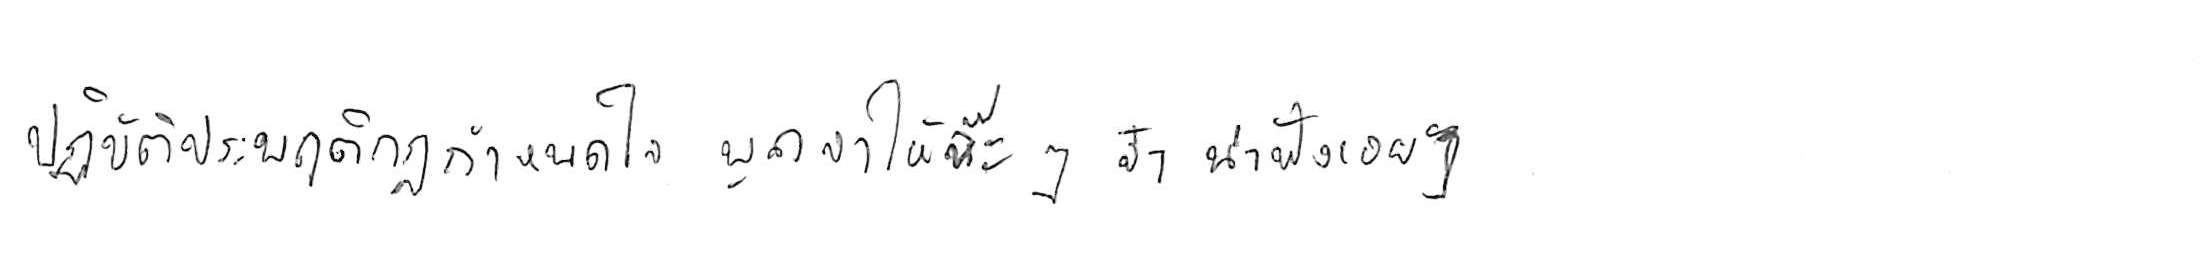
ปฏิบัติประพฤติกฎกำหนดใจ พูดจาให้จ๊ะๆ จ๋า น่าฟังเอยฯ